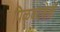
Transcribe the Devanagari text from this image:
पिळवटलेली